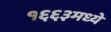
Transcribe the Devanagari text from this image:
१६६३मध्ये